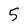
Character: 5